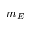
m _ { E }